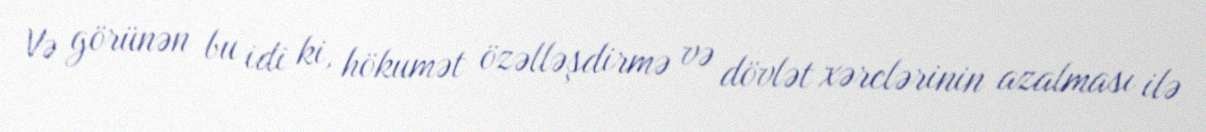
Və görünən bu idi ki, hökumət özəlləşdirmə və dövlət xərclərinin azalması ilə